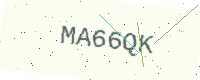
Text: MA66QK